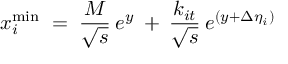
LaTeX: x _ { i } ^ { \mathrm { m i n } } \; = \; \frac { M } { \sqrt { s } } \: e ^ { y } \: + \: \frac { k _ { i t } } { \sqrt { s } } \: e ^ { ( y + \Delta \eta _ { i } ) }